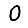
Digit: 0